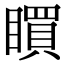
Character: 䁲